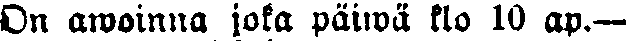
On awoinna joka päiwä klo 10 ap.—